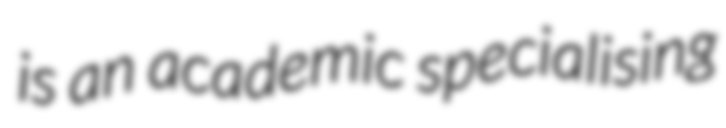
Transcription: is an academic specialising